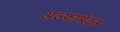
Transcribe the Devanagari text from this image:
अल्फाबेट्स